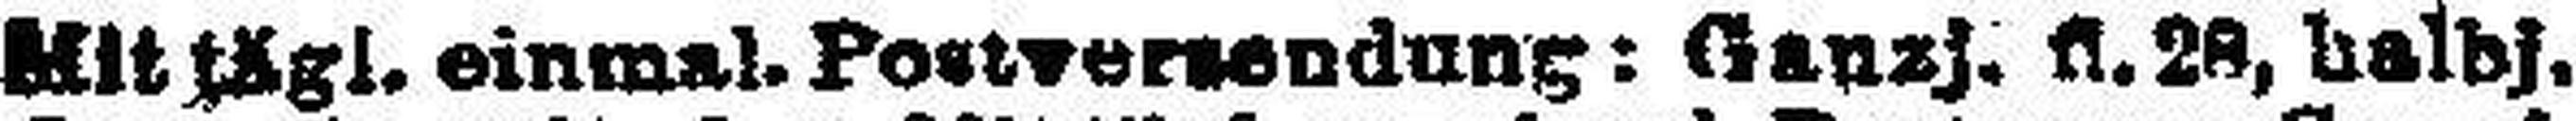
Mit tägl. einmal. Postversendung: Gauzj. fl. 28, halbj.